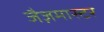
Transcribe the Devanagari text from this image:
जैज़मास्टर